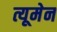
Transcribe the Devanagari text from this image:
त्यूमेन